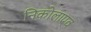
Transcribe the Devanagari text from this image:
निकोलाएव